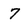
Character: 7